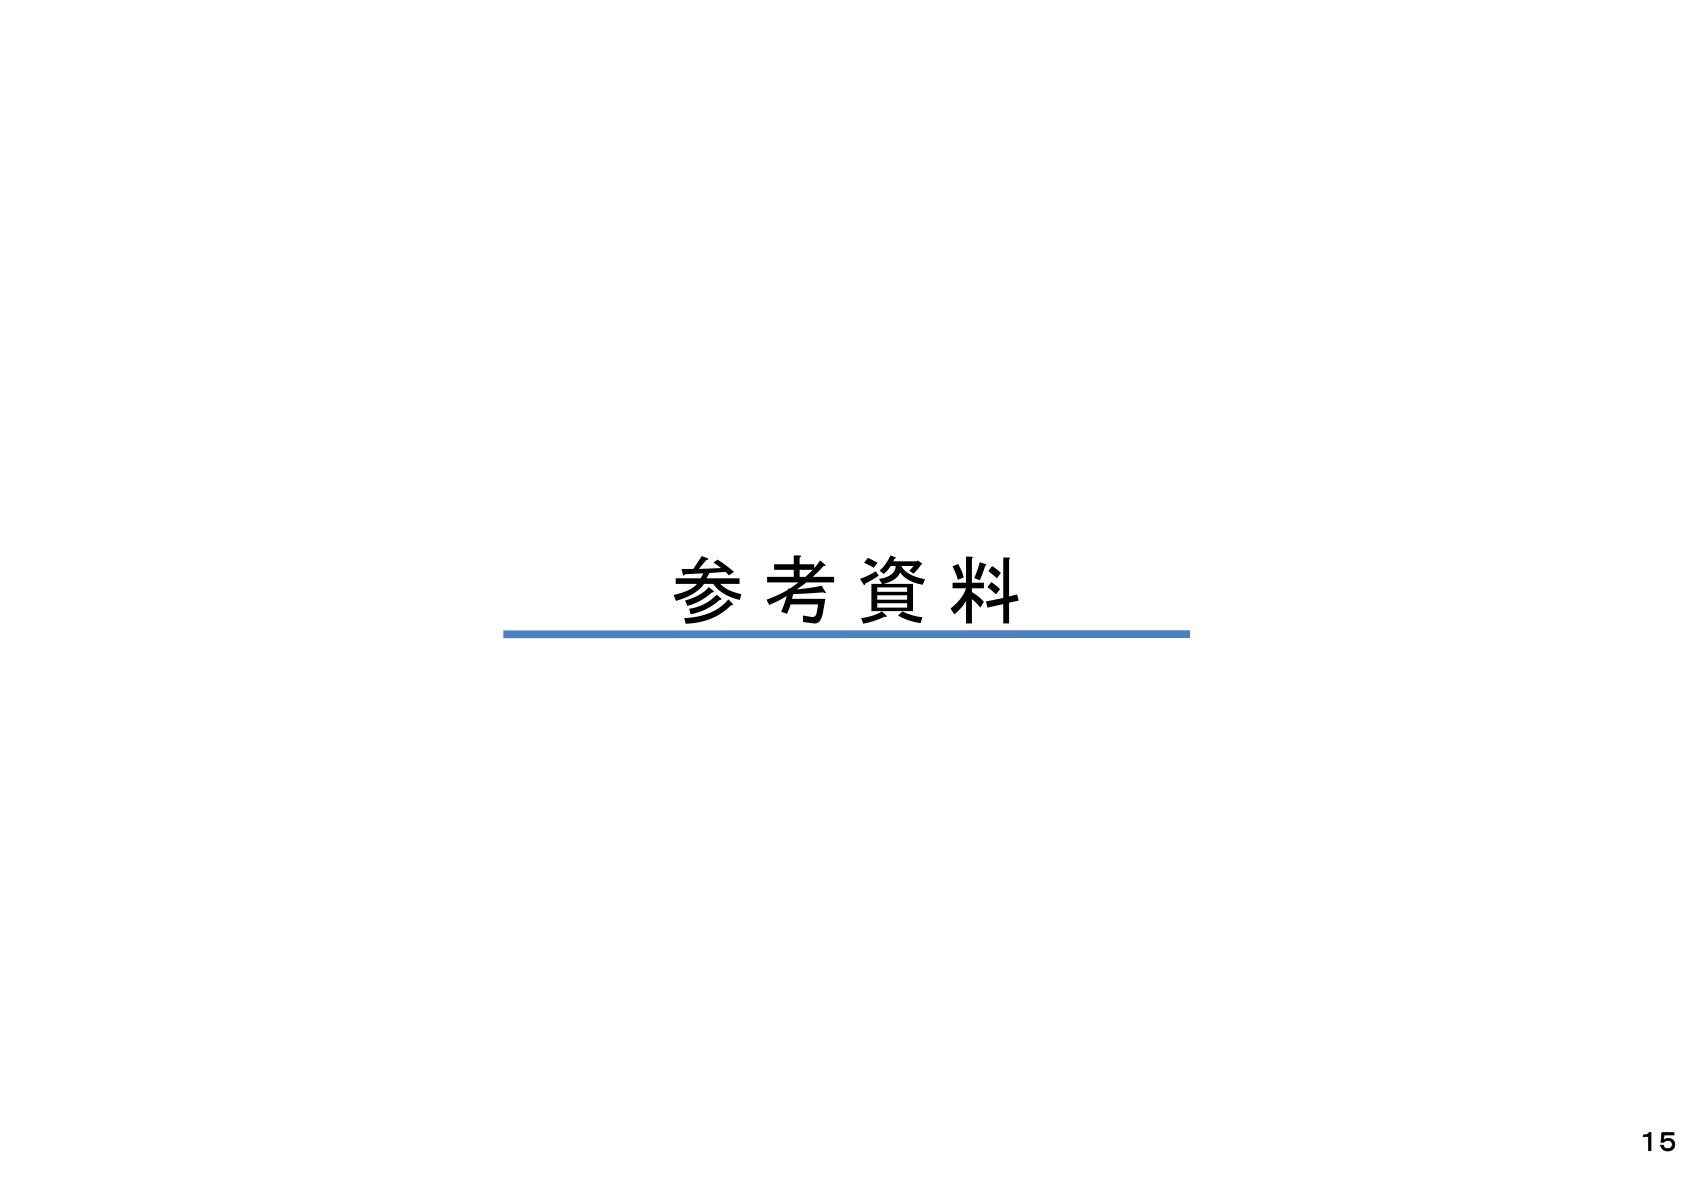
参考資料
15